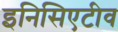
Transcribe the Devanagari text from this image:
इनिसिएटीव